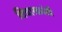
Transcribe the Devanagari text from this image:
विचारक्रांती